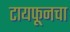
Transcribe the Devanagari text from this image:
टायफूनचा